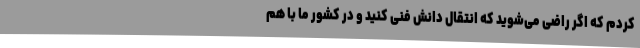
کردم که اگر راضی می‌شوید که انتقال دانش فنی کنید و در کشور ما با هم